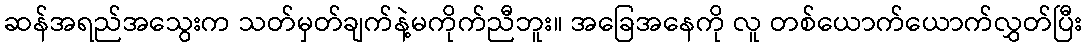
ဆန်အရည်အသွေးက သတ်မှတ်ချက်နဲ့မကိုက်ညီဘူး။ အခြေအနေကို လူ တစ်ယောက်ယောက်လွှတ်ပြီး